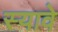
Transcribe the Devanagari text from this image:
स्यावे